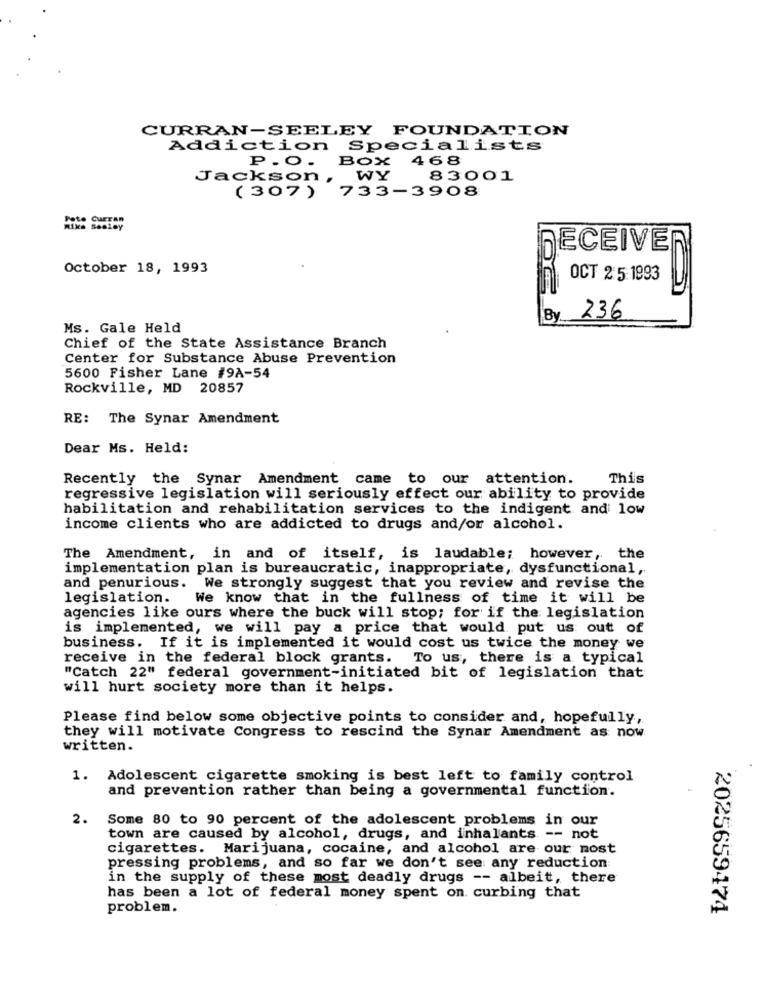
CURRAN-SEELEY FOUNDATION
Addiction Specialists
P.O. Box 468
Jackson , WY
83001
(307) 733-3908
Pete SHETAR
RECEIVER
October 18, 1993
OCT 2:5: 1993
236
Ms. Gale Held
Chief of the State Assistance Branch
Center for Substance Abuse Prevention
5600 Fisher Lane #9A-54
Rockville, MD 20857
RE: The Synar Amendment
Dear Ms. Held:
Recently the Synar Amendment came to our attention.
This
regressive legislation will seriously effect our ability to provide
habilitation and rehabilitation services to the indigent and low
income clients who are addicted to drugs and/or alcohol.
The Amendment, in and of itself, is laudable; however, the
implementation plan is bureaucratic, inappropriate, dysfunctional,
and penurious.
We strongly suggest that you review and revise the
legislation.
We know that in the fullness of time it will be
agencies like ours where the buck will stop; for if the legislation
is implemented, we will pay a price that would put us out of
business. If it is implemented it would cost us twice the money we
receive in the federal block grants. To us, there is a typical
"Catch 22" federal government-initiated bit of legislation that
will hurt society more than it helps.
Please find below some objective points to consider and, hopefully,
they will motivate Congress to rescind the Synar Amendment as now
written.
1. Adolescent cigarette smoking is best left to family control
and prevention rather than being a governmental function.
2.
Some 80 to 90 percent of the adolescent problems in our
town are caused by alcohol, drugs, and inhalants -- not
cigarettes. Marijuana, cocaine, and alcohol are our most
pressing problems, and so far we don't see any reduction
in the supply of these most deadly drugs -- albeit, there
has been a lot of federal money spent on curbing that
problem.
2025659474